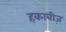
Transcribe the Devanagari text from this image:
हकाबीज़